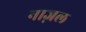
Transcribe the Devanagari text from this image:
नाज़ल